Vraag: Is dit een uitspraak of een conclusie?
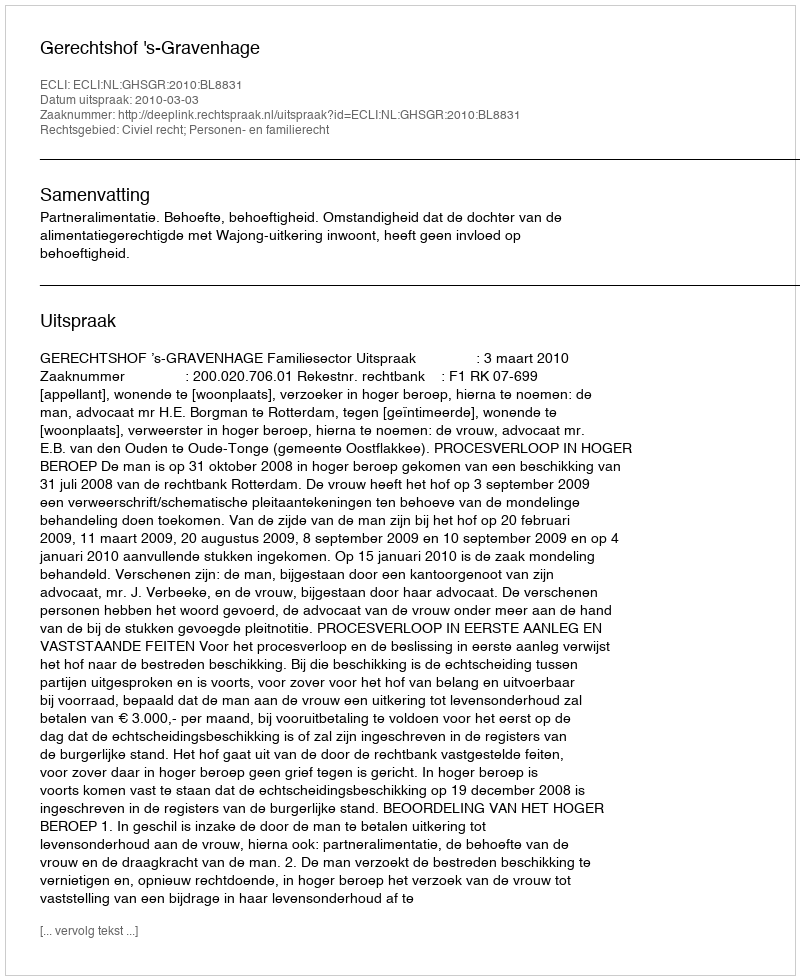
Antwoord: Uitspraak